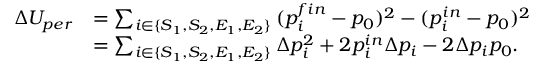
\begin{array} { r l } { \Delta U _ { p e r } } & { = \sum _ { i \in \{ S _ { 1 } , S _ { 2 } , E _ { 1 } , E _ { 2 } \} } { ( p _ { i } ^ { f i n } - p _ { 0 } ) ^ { 2 } - ( p _ { i } ^ { i n } - p _ { 0 } ) ^ { 2 } } } \\ & { = \sum _ { i \in \{ S _ { 1 } , S _ { 2 } , E _ { 1 } , E _ { 2 } \} } { \Delta p _ { i } ^ { 2 } + 2 p _ { i } ^ { i n } \Delta p _ { i } - 2 \Delta p _ { i } p _ { 0 } } . } \end{array}